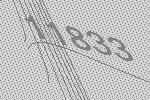
11833